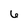
Character: 6